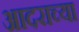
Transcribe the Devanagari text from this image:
आदराच्या